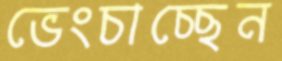
ভেংচাচ্ছেন